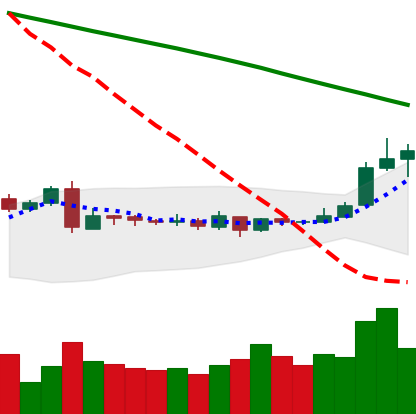
Ticker: XLM-USD
Chart end date: 2019-03-12
Forward return: 4.577%
Label: up_3_5